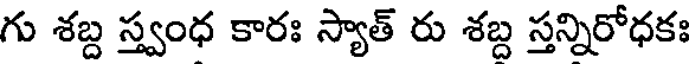
గు శబ్ద స్త్వంధ కారః స్యాత్ రు శబ్ద స్తన్నిరోధకః